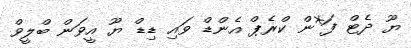
ޔޫ ދެޓް ފަ*ން ކްރެޕް އެންޑް ވައި ޑިޑް ޔޫ އީވަން ބްލީވް